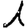
Digit: 1